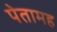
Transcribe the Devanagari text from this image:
पेतामह